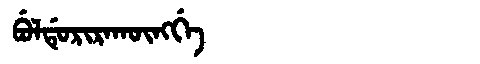
Manchu: ᠪᡠᠯᡩᡠᡵᡳᡵᠠᡴᡡᠩᡤᡝ
Romanization: BULDURIRAKŪNGGE